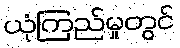
ယုံကြည်မှုတွင်